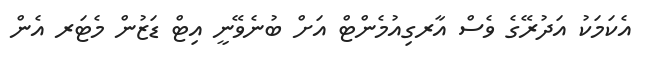
އެކަމަކު އަދުރޭގެ ވެސް އާރގިއުމެންޓް އަށް ބުނެވޭނީ އިޓް ޑަޒުން މެޓަރ އެން